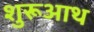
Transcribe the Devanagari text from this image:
शुरूआथ